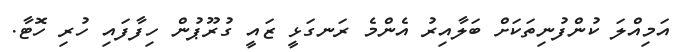
އަމިއްލަ ކުންފުނިތަކަށް ބަލާއިރު އެންމެ ރަނގަޅީ ޒައީ ގުރޫޕުން ހިފާފައި ހުރި ހޮޓާ.